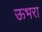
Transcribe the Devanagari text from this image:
ऊभरा